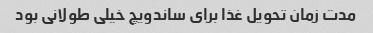
مدت زمان تحویل غذا برای ساندویچ خیلی طولانی بود